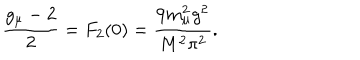
\frac { g _ { \mu } - 2 } { 2 } = F _ { 2 } ( 0 ) = \frac { 9 m _ { \mu } ^ { 2 } g ^ { 2 } } { M ^ { 2 } \pi ^ { 2 } } .